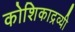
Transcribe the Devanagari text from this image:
कोशिकाद्रव्यी